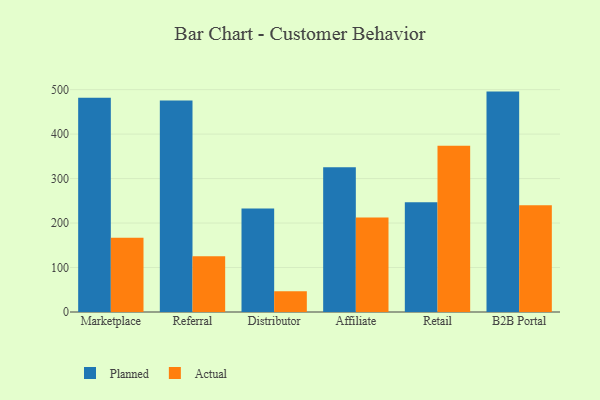
{"axis": {"x": "Channel", "y": "Inventory Turnover"}, "legend": ["Actual", "Planned"], "data": [{"x": "Marketplace", "y": 481.6, "type": "Planned"}, {"x": "Marketplace", "y": 167.1, "type": "Actual"}, {"x": "Referral", "y": 475.8, "type": "Planned"}, {"x": "Referral", "y": 125.1, "type": "Actual"}, {"x": "Distributor", "y": 232.7, "type": "Planned"}, {"x": "Distributor", "y": 46.8, "type": "Actual"}, {"x": "Affiliate", "y": 325.4, "type": "Planned"}, {"x": "Affiliate", "y": 212.3, "type": "Actual"}, {"x": "Retail", "y": 246.6, "type": "Planned"}, {"x": "Retail", "y": 374.1, "type": "Actual"}, {"x": "B2B Portal", "y": 495.6, "type": "Planned"}, {"x": "B2B Portal", "y": 239.8, "type": "Actual"}]}